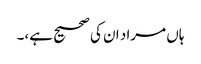
ہاں مراد ان کی صحیح ہے،۔